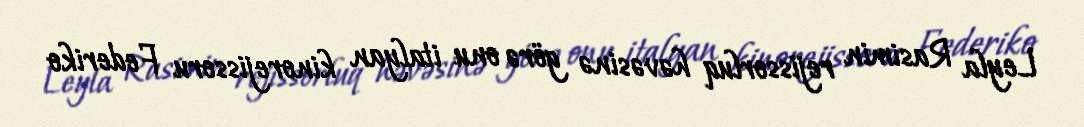
Leyla Rasimin rejissorluq həvəsinə görə onu italyan kinorejissoru Federiko